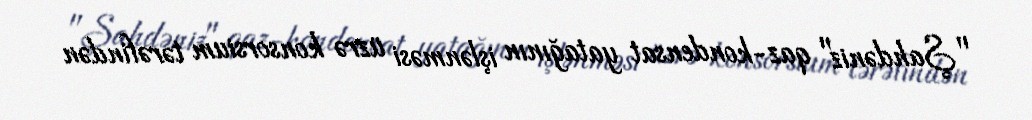
"Şahdəniz" qaz-kondensat yatağının işlənməsi üzrə konsorsium tərəfindən